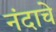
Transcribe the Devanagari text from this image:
नंदाचे